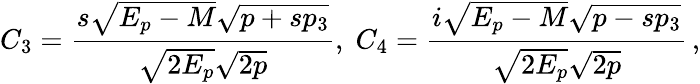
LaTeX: C_{3}={\frac{s\sqrt{E_{p}-M}\sqrt{p+sp_{3}}}{\sqrt{2E_{p}}\sqrt{2p}}},\; C_{4}={\frac{i\sqrt{E_{p}-M}\sqrt{p-sp_{3}}}{\sqrt{2E_{p}}\sqrt{2p}}}\, ,